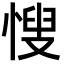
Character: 㥰